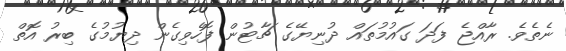
ނެތެވެ. ރާއްޖެ ފަދަ ގައުމުތައް ދުނިޔޭގެ ޗާޓުން ފޮހެވިގެން ދިޔުމުގެ ބިރު އޮތް